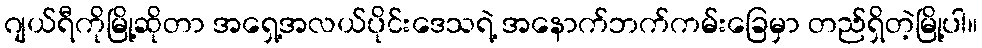
ဂျယ်ရီကိုမြို့ဆိုတာ အရှေ့အလယ်ပိုင်းဒေသရဲ့ အနောက်ဘက်ကမ်းခြေမှာ တည်ရှိတဲ့မြို့ပါ။